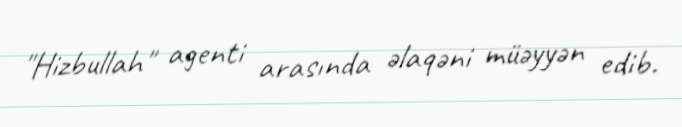
"Hizbullah" agenti arasında əlaqəni müəyyən edib.